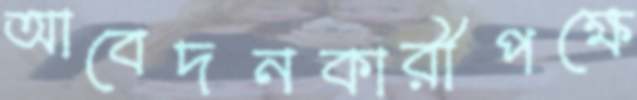
আবেদনকারীপক্ষে